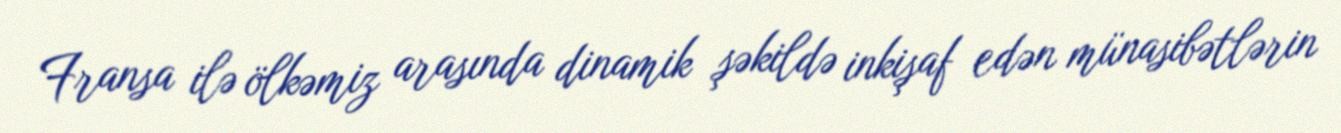
Fransa ilə ölkəmiz arasında dinamik şəkildə inkişaf edən münasibətlərin